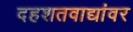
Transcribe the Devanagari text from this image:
दहशतवाद्यांवर